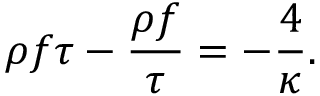
\rho f \tau - { \frac { \rho f } { \tau } } = - { \frac { 4 } { \kappa } } .